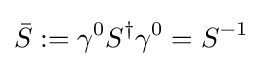
{\bar {S}}:=\gamma ^{0}S^{\dagger }\gamma ^{0}=S^{-1}